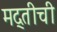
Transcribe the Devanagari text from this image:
मद्तीची